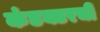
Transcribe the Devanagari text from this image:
कंडक्टरची